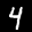
Label: 4